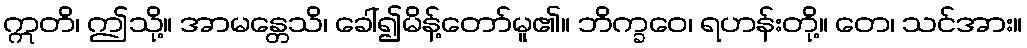
ဣတိ၊ ဤသို့။ အာမန္တေသိ၊ ခေါ်၍မိန့်တော်မူ၏။ ဘိက္ခဝေ၊ ရဟန်းတို့။ တေ၊ သင်အား။